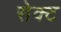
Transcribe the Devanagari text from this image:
सेक्‍ट